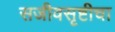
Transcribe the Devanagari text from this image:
सजीवसृष्टीचा